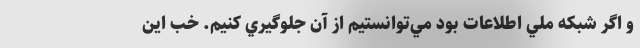
و اگر شبكه ملي اطلاعات بود مي‌توانستيم از آن جلوگيري كنيم. خب اين